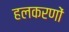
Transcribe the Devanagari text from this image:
हलकरणों